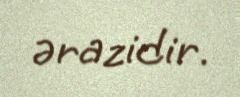
ərazidir.